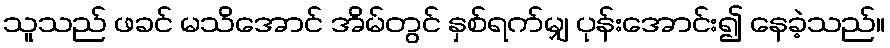
သူသည် ဖခင် မသိအောင် အိမ်တွင် နှစ်ရက်မျှ ပုန်းအောင်း၍ နေခဲ့သည်။